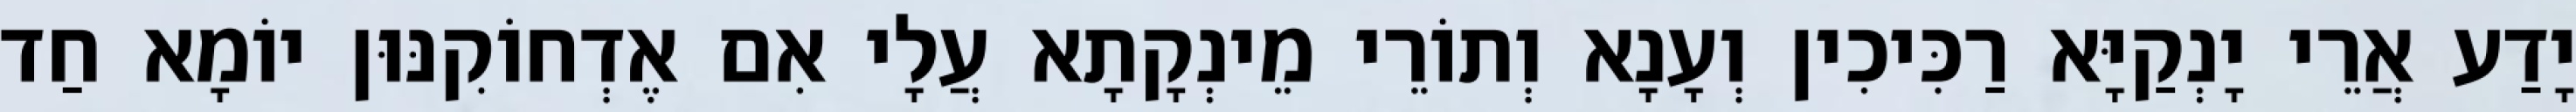
יָדַע אֲרֵי יָנְקַיָּא רַכִּיכִין וְעָנָא וְתוֹרֵי מֵינְקָתָא עֲלָי אִם אֶדְחוֹקִנּוּן יוֹמָא חַד